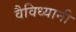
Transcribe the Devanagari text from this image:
वैविध्यानी